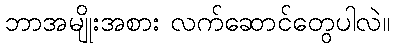
ဘာအမျိုးအစား လက်ဆောင်တွေပါလဲ။